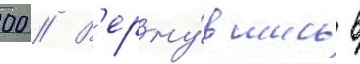
00 // В'ерну́вшись в